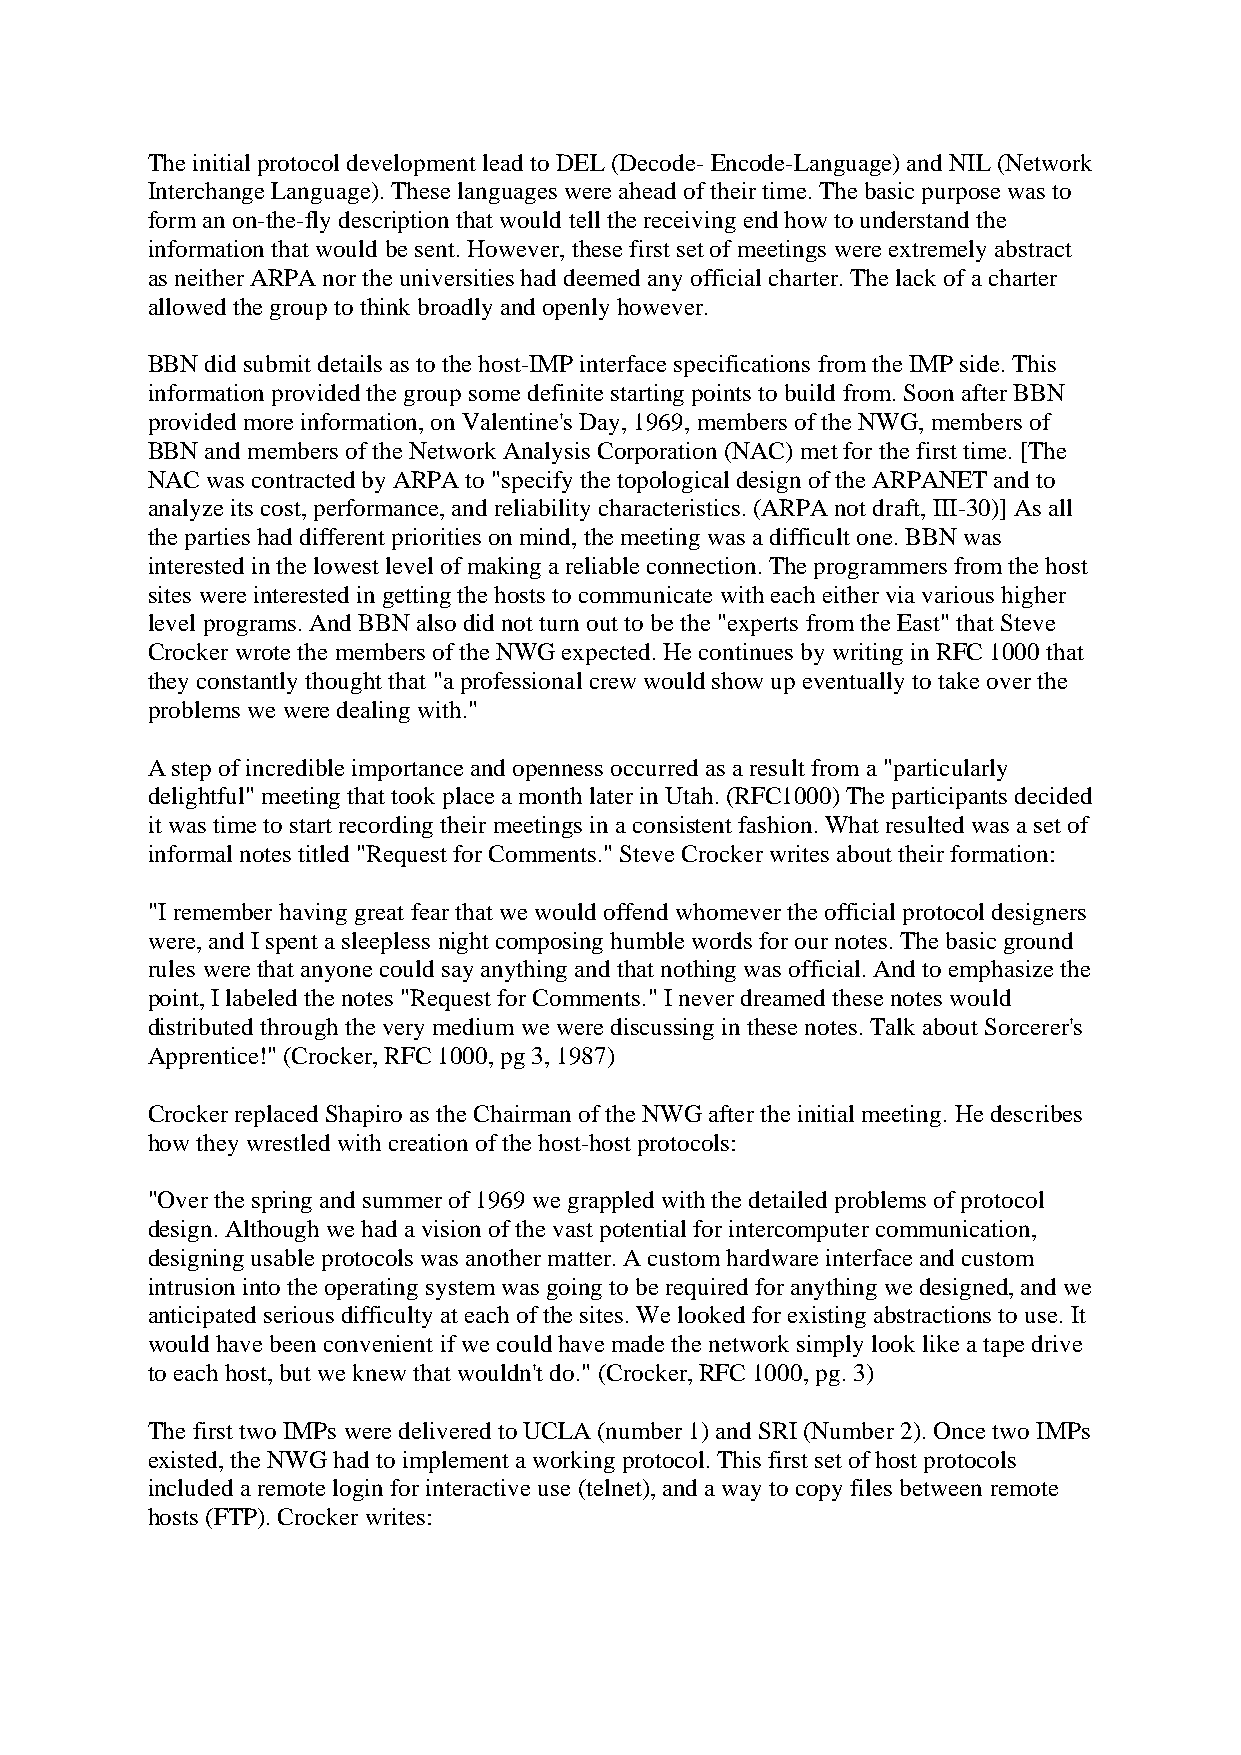
The initial protocol development lead to DEL (Decode- Encode-Language) and NIL (Network
 Interchange Language). These languages were ahead of their time. The basic purpose was to
 form an on-the-fly description that would tell the receiving end how to understand the
 information that would be sent. However, these first set of meetings were extremely abstract
 as neither ARPA nor the universities had deemed any official charter. The lack of a charter
 allowed the group to think broadly and openly however.
 BBN did submit details as to the host-IMP interface specifications from the IMP side. This
 information provided the group some definite starting points to build from. Soon after BBN
 provided more information, on Valentine's Day, 1969, members of the NWG, members of
 BBN and members of the Network Analysis Corporation (NAC) met for the first time. [The
 NAC was contracted by ARPA to "specify the topological design of the ARPANET and to
 analyze its cost, performance, and reliability characteristics. (ARPA not draft, III-30)] As all
 the parties had different priorities on mind, the meeting was a difficult one. BBN was
 interested in the lowest level of making a reliable connection. The programmers from the host
 sites were interested in getting the hosts to communicate with each either via various higher
 level programs. And BBN also did not turn out to be the "experts from the East" that Steve
 Crocker wrote the members of the NWG expected. He continues by writing in RFC 1000 that
 they constantly thought that "a professional crew would show up eventually to take over the
 problems we were dealing with."
 A step of incredible importance and openness occurred as a result from a "particularly
 delightful" meeting that took place a month later in Utah. (RFC1000) The participants decided
 it was time to start recording their meetings in a consistent fashion. What resulted was a set of
 informal notes titled "Request for Comments." Steve Crocker writes about their formation:
 "I remember having great fear that we would offend whomever the official protocol designers
 were, and I spent a sleepless night composing humble words for our notes. The basic ground
 rules were that anyone could say anything and that nothing was official. And to emphasize the
 point, I labeled the notes "Request for Comments." I never dreamed these notes would
 distributed through the very medium we were discussing in these notes. Talk about Sorcerer's
 Apprentice!" (Crocker, RFC 1000, pg 3, 1987)
 Crocker replaced Shapiro as the Chairman of the NWG after the initial meeting. He describes
 how they wrestled with creation of the host-host protocols:
 "Over the spring and summer of 1969 we grappled with the detailed problems of protocol
 design. Although we had a vision of the vast potential for intercomputer communication,
 designing usable protocols was another matter. A custom hardware interface and custom
 intrusion into the operating system was going to be required for anything we designed, and we
 anticipated serious difficulty at each of the sites. We looked for existing abstractions to use. It
 would have been convenient if we could have made the network simply look like a tape drive
 to each host, but we knew that wouldn't do." (Crocker, RFC 1000, pg. 3)
 The first two IMPs were delivered to UCLA (number 1) and SRI (Number 2). Once two IMPs
 existed, the NWG had to implement a working protocol. This first set of host protocols
 included a remote login for interactive use (telnet), and a way to copy files between remote
 hosts (FTP). Crocker writes: